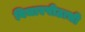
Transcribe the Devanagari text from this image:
विचारपीठाची